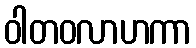
ဝါတဝလာဟကာ